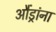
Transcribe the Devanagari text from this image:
औंड्रांना